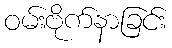
ဝမ်းဗိုက်နာခြင်း